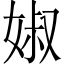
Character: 婌